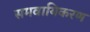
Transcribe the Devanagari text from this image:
समवायिकरण